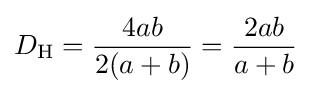
D_{\text{H}}={\frac {4ab}{2(a+b)}}={\frac {2ab}{a+b}}